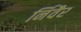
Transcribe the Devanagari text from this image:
र्निवैर